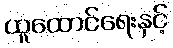
ထူထောင်ရေးနှင့်